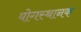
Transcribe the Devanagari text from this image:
योगस्थानक